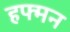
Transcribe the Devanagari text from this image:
हफ्मन